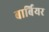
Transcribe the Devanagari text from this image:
बार्बियर